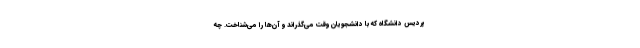
پردیس دانشگاه که با دانشجویان وقت می‌گذراند و آن‌ها را می‌شناخت. چه